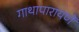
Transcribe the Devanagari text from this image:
गाथापारायणे